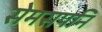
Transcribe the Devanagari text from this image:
सेमसपनि